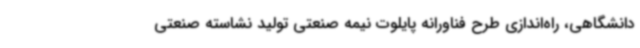
دانشگاهی، راه‌اندازی طرح فناورانه پایلوت نیمه صنعتی تولید نشاسته صنعتی